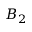
B _ { 2 }